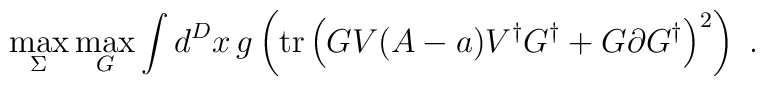
\max_{\Sigma } \max_{G} \int d^D x \, g \left(\mbox{tr} \left( GV(A-a)V^{\dagger } G^{\dagger } + G\partial G^{\dagger }\right)^{2} \right) \ .